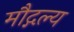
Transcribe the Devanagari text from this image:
मौद्गल्य